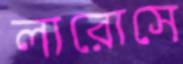
লারোসে